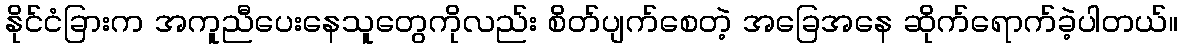
နိုင်ငံခြားက အကူညီပေးနေသူတွေကိုလည်း စိတ်ပျက်စေတဲ့ အခြေအနေ ဆိုက်ရောက်ခဲ့ပါတယ်။